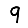
Digit: 9